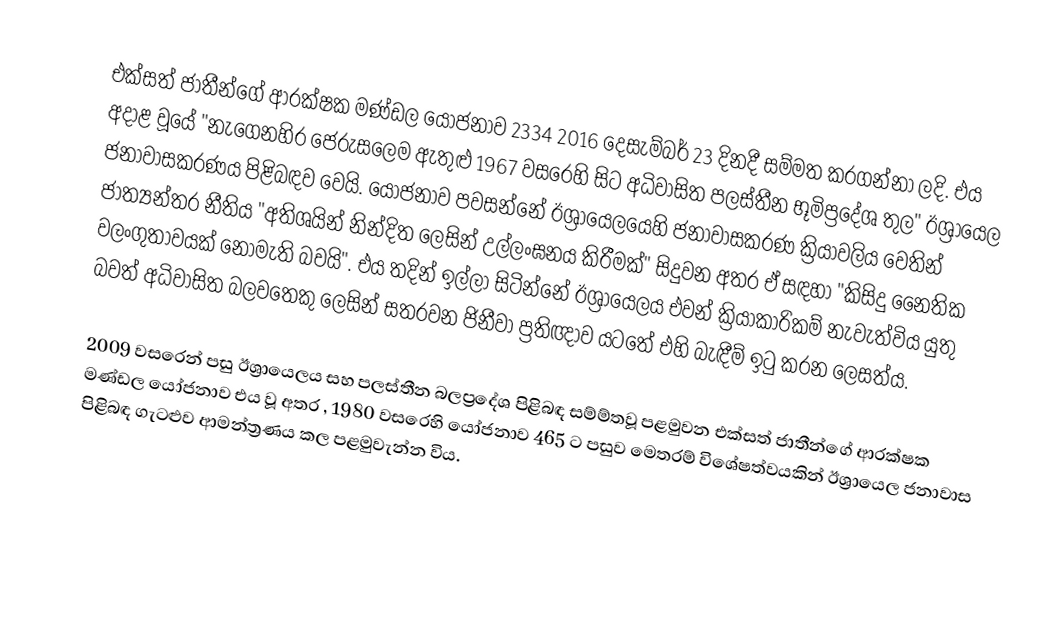
එක්සත් ජාතීන්ගේ ආරක්ෂක මණ්ඩල යෝජනාව 2334 2016 දෙසැම්බර් 23 දිනදී සම්මත කරගන්නා ලදි. එය අදාළ වූයේ "නැගෙනහිර ජෙරුසලෙම ඇතුළු  1967 වසරෙහි සිට අධිවාසිත පලස්තීන භූමිප්‍රදේශ තුල"  ඊශ්‍රායෙල ජනාවාසකරණය පිළිබඳව වෙයි. යෝජනාව පවසන්නේ ඊශ්‍රායෙලයෙහි ජනාවාසකරණ ක්‍රියාවලිය වෙතින් ජාත්‍යන්තර නීතිය "අතිශයින් නින්දිත ලෙසින් උල්ලංඝනය කිරීමක්" සිදුවන අතර  ඒ සඳහා "කිසිදු නෛතික වලංගුතාවයක් නොමැති බවයි". එය තදින් ඉල්ලා සිටින්නේ ඊශ්‍රායෙලය එවන් ක්‍රියාකාරිකම් නැවැත්විය යුතු බවත්  අධිවාසිත බලවතෙකු  ලෙසින් සතරවන ජිනීවා ප්‍රතිඥාව යටතේ එහි බැඳීම්  ඉටු කරන ලෙසත්ය.

2009 වසරෙන් පසු ඊශ්‍රායෙලය සහ පලස්තීන බලප්‍රදේශ පිළිබඳ සම්ම්තවූ පළමුවන එක්සත් ජාතීන්ගේ ආරක්ෂක මණ්ඩල යෝජනාව එය වූ අතර , 1980 වසරෙහි යෝජනාව 465 ට පසුව මෙතරම් විශේෂත්වයකින් ඊශ්‍රායෙල ජනාවාස පිළිබඳ ගැටළුව ආමන්ත්‍රණය කල පළමුවැන්න විය.